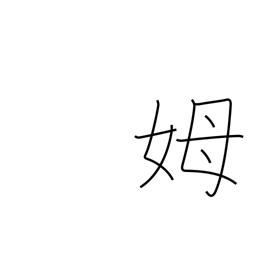
Meaning: wet nurse